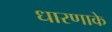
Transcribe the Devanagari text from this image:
धारणाके